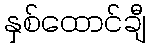
နှစ်ထောင်ချီ